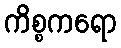
ကိစ္စကရော